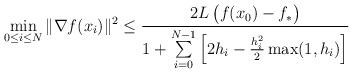
LaTeX: \begin{align*} \min_{0 {} \leq {} i {} \leq {} N} \|\nabla f(x_i)\|^2 {} \leq {} \frac{2L\,\big(f(x_0)-f_*\big)}{1 + \sum\limits_{i=0}^{N-1} \left[2 h_i - \frac{h_i^2}{2} \max(1, h_i) \right]}\end{align*}